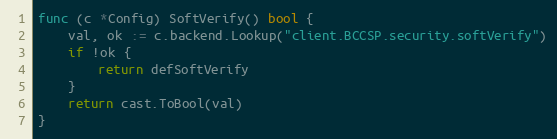
Language: Go
func (c *Config) SoftVerify() bool {
	val, ok := c.backend.Lookup("client.BCCSP.security.softVerify")
	if !ok {
		return defSoftVerify
	}
	return cast.ToBool(val)
}